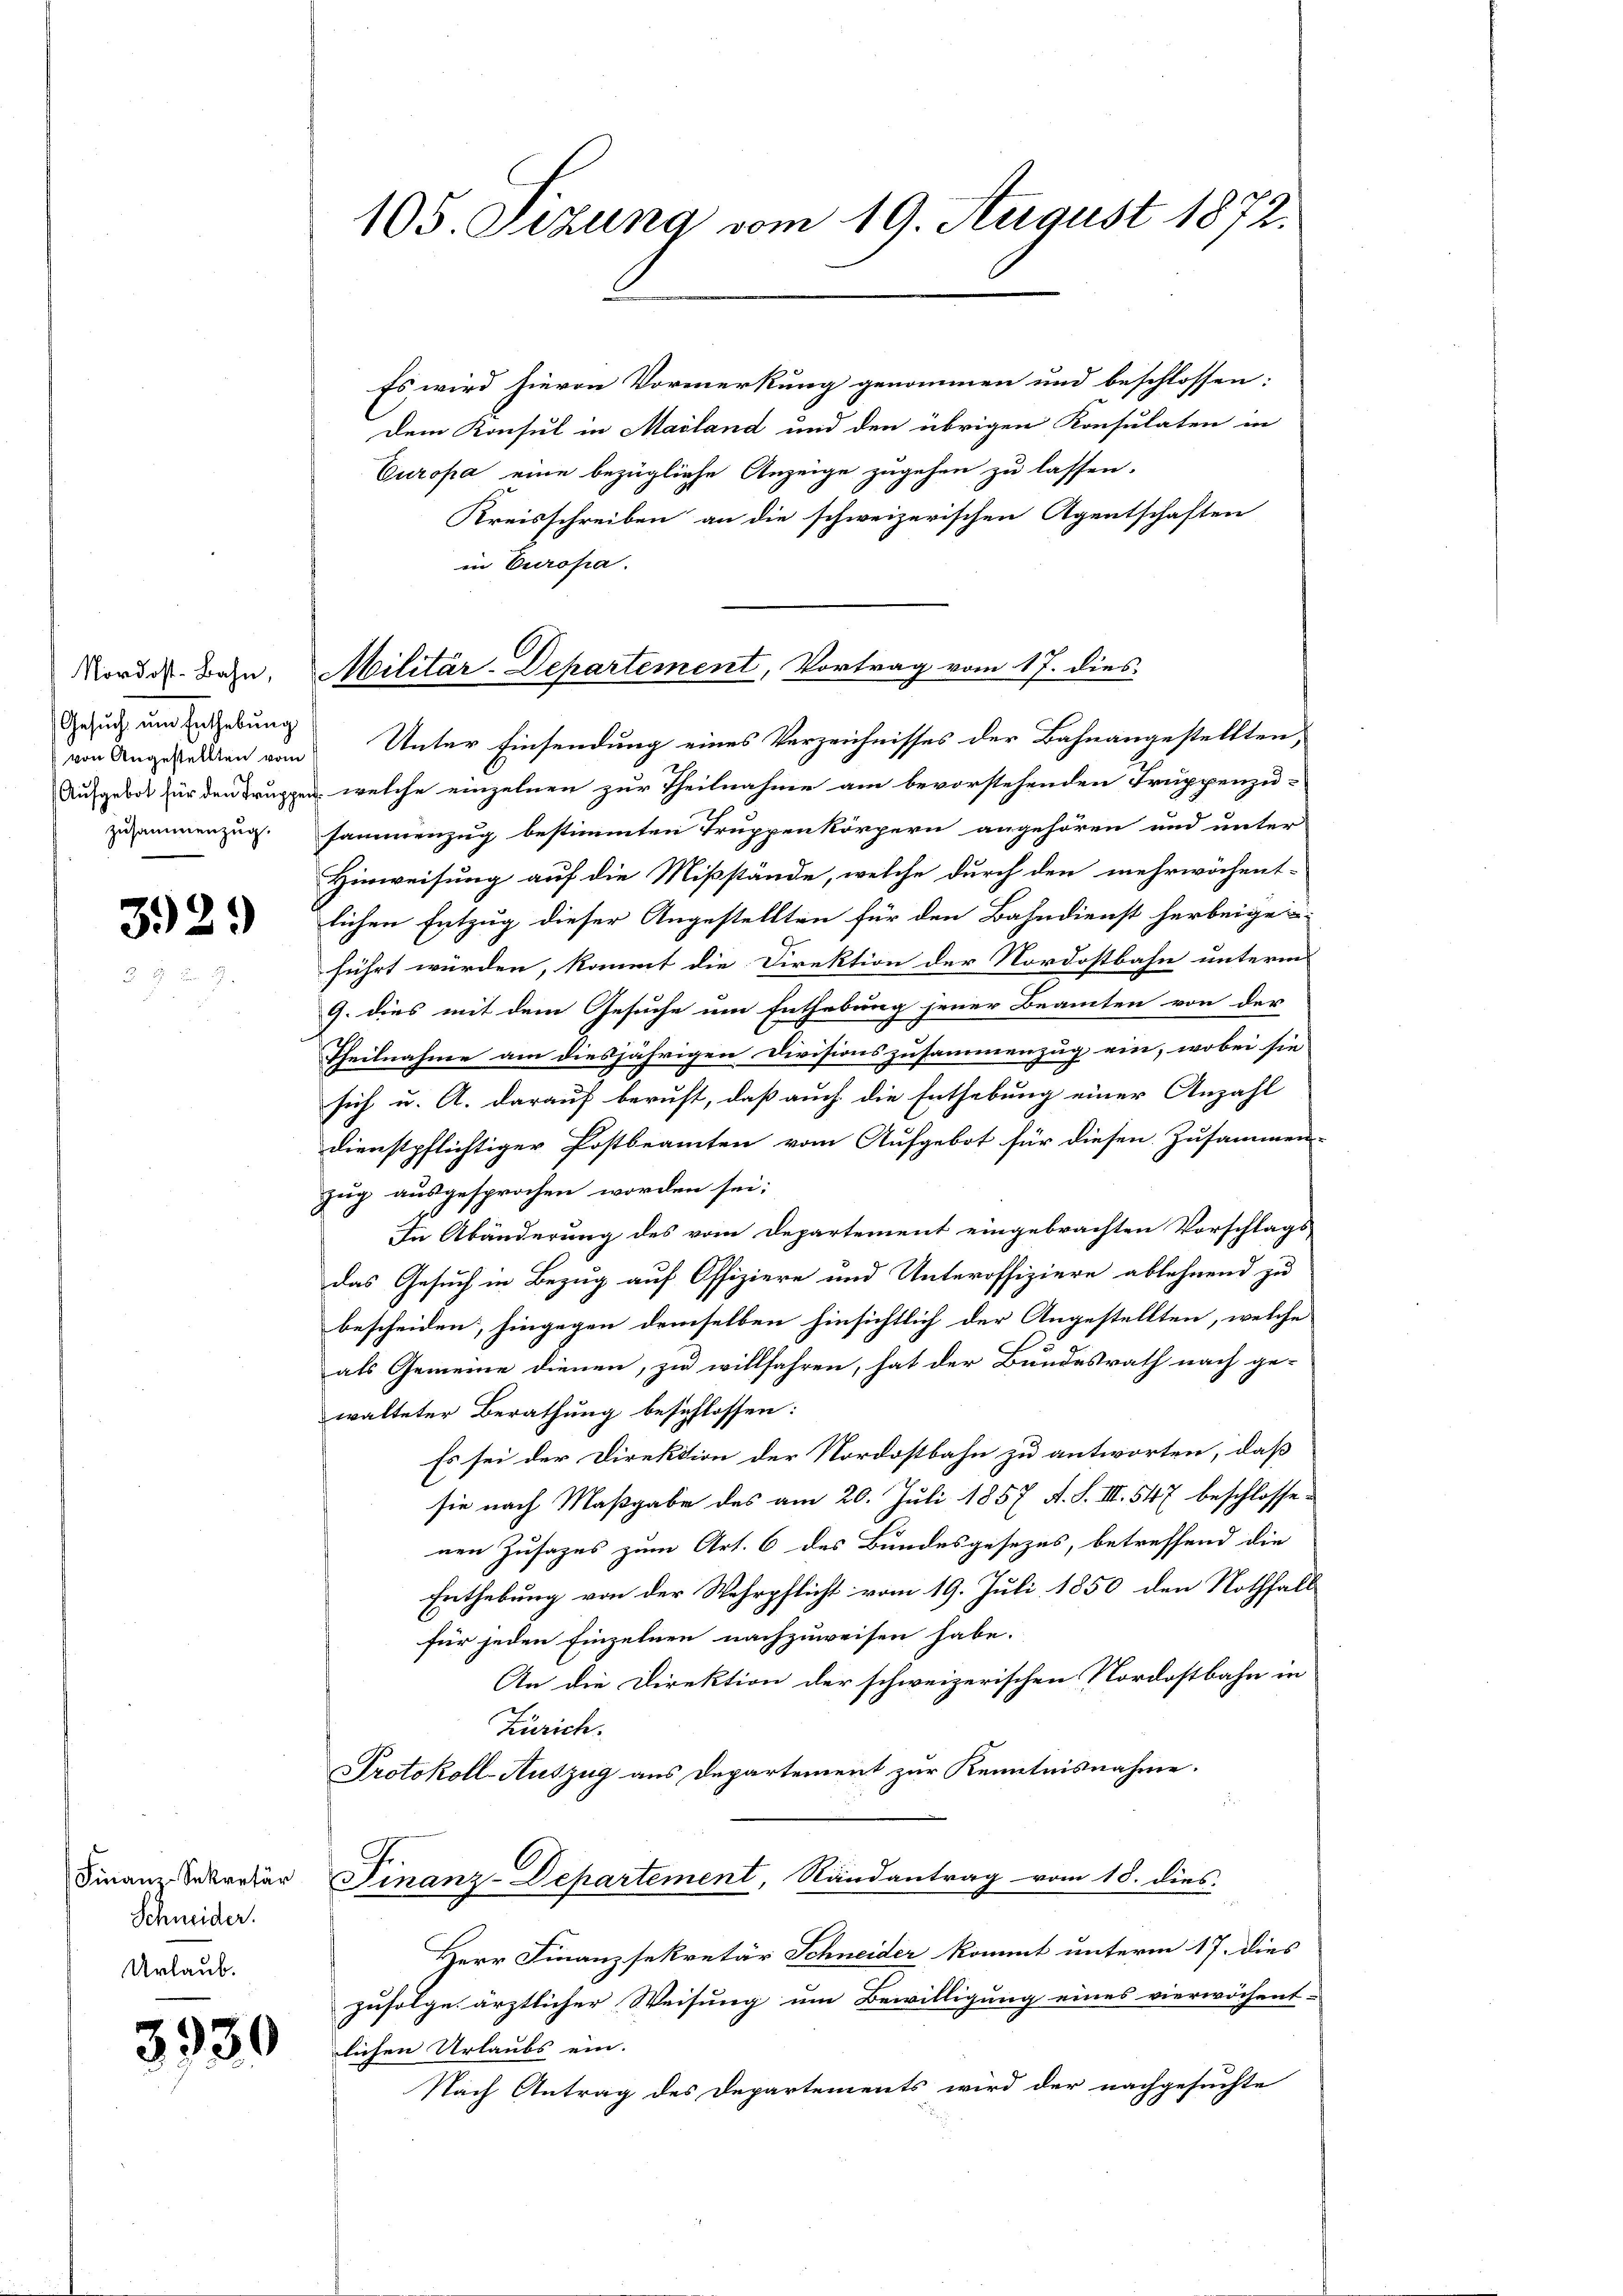
Nordost-Bahn,
Gesuch um Enthebung

392.

Es wird hievon Vormerkung genommen und beschlossen:
Dem Konsul in Mailand und den übrigen Konsulaten in
Europa eine bezügliche Anzeige zugehen zu lassen.
Kreisschreiben an die schweizerischen Agentschaften
in Europa.
von Angestellten vom Unter Einsendung eines Verzeichnisses der Bahnangestellten,
Aufgebot für den Truppen, welche einzelnen zur Theilnahme am bevorstehenden Truppenzu-
zusammenzug. sammenzug bestimmten Truppenkörpern angehören und unter
Hinweisung auf die Mißstände, welche durch den mehrwöchent-
lichen Entzug dieser Angestellten für den Bahndienst herbeige-
führt würden, kommt die Direktion der Nordostbahn unterm
9. dies mit dem Gesuche um Enthebung jener Beamten von der
Theilnahme am diesjährigen Divisionszusammenzug ein, wobei sie
sich u. A. darauf beruft, daß auch die Enthebung einer Anzahl
dienstpflichtiger Postbeamten vom Aufgebot für diesen Zusammen-
zug ausgesprochen worden sei;
In Abänderung des vom Departement eingebrachten Vorschlags
das Gesuch in Bezug auf Offiziere und Unteroffiziere ablehnend zu
bescheiden, hingegen demselben hinsichtlich der Angestellten, welche
f
als Gemeine dienen, zu willfahren, hat der Bundesrath nach ge-
walteter Berathung beschlossen:
Es sei der Direktion der Nordostbahn zu antworten, daß
sie nach Maßgabe des am 20. Juli 1857 A. S. III. 547 beschlossenen Zusages zum Art. 6 des Bundesgesezes, betreffend die
Enthebung von der Wehrpflicht vom 19. Juli 1850 den Nothfall
für jeden Einzelnen nachzuweisen habe.
An die Direktion der schweizerischen Nordostbahn in
Zürich.
Protokoll-Auszug aus Departement zur Kenntnisnahme.
n
Finanz-Sekretär Finanz-Departement, Randantrag vom 18. dies
Herr Finanzsekretär Schneider kommt unterm 17. dies
zufolge ärztlicher Weisung um Bewilligung eines vierwöchent-
Z. 331 lichen Urlaubs ein.
Nach Antrag des Departements wird der nachgesuchte

Schneider.
Urlaub.

105. Sizung vom 19. August 1872.

Militär-Departement, Vortrag vom 17. dies